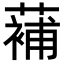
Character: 𮑱